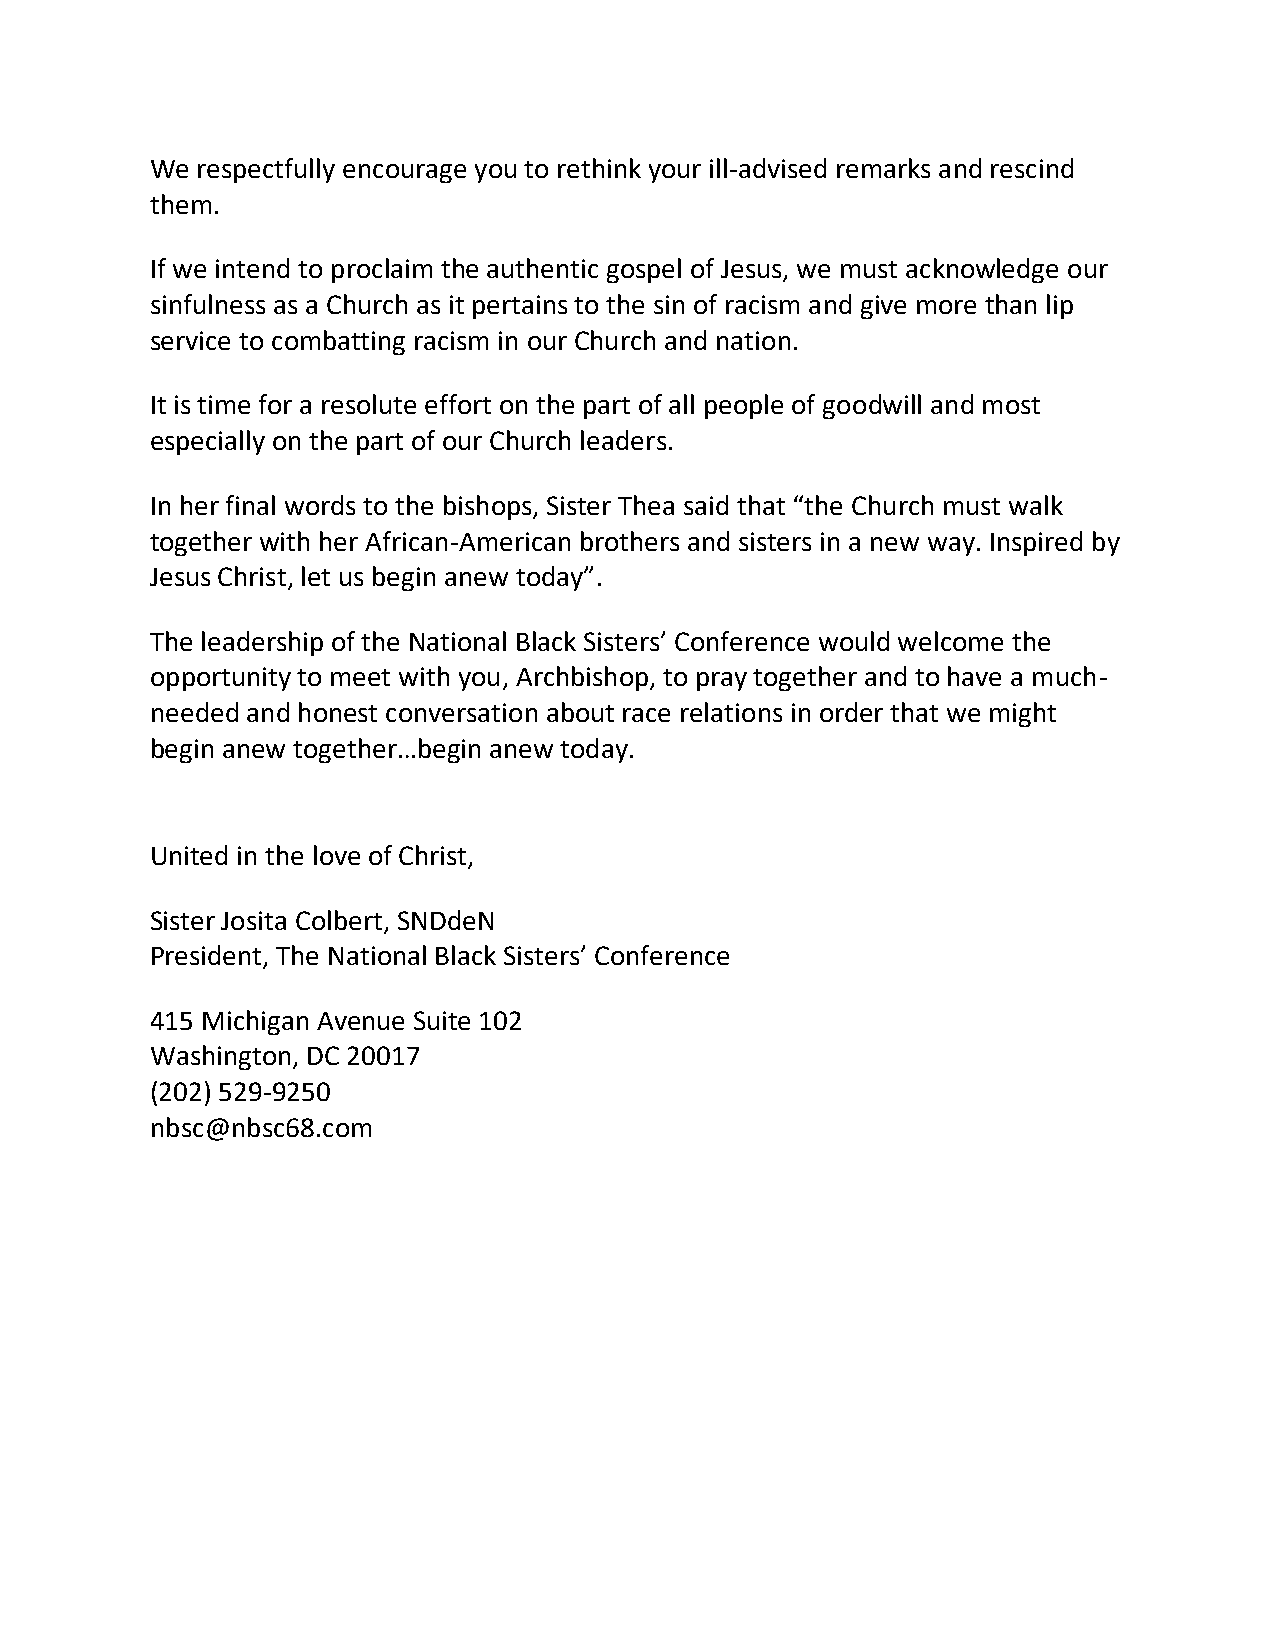
We respectfully encourage you to rethink your ill-advised remarks and rescind
 them.
 If we intend to proclaim the authentic gospel of Jesus, we must acknowledge our
 sinfulness as a Church as it pertains to the sin of racism and give more than lip
 service to combatting racism in our Church and nation.
 It is time for a resolute effort on the part of all people of goodwill and most
 especially on the part of our Church leaders.
 In her final words to the bishops, Sister Thea said that “the Church must walk
 together with her African-American brothers and sisters in a new way. Inspired by
 Jesus Christ, let us begin anew today”.
 The leadership of the National Black Sisters’ Conference would welcome the
 opportunity to meet with you, Archbishop, to pray together and to have a much-
 needed and honest conversation about race relations in order that we might
 begin anew together…begin anew today.
 United in the love of Christ,
 Sister Josita Colbert, SNDdeN
 President, The National Black Sisters’ Conference
 415 Michigan Avenue Suite 102
 Washington, DC 20017
 (202) 529-9250
 nbsc@nbsc68.com